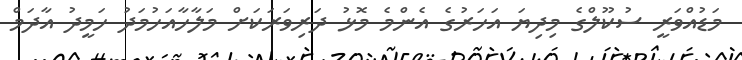
މަޑުއްވަރީ ސުކޫލްގެ މިދިޔަ އަހަރުގެ އެންމެ މޮޅު ދަރިވަރަކަށް މަލާހާއަހުމަދު ހަމީދު އާދަމް